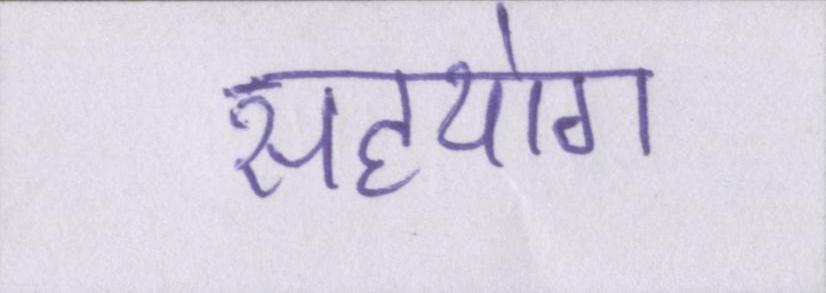
सहयोग